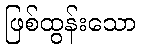
ဖြစ်ထွန်းသော